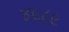
૪૯૮૯